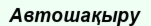
Автошақыру